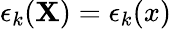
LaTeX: \epsilon_{k}({\mathbf{X}})=\epsilon_{k}(x)